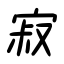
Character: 寂